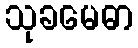
သုခမေဓာ